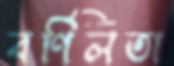
বর্ণিলতা